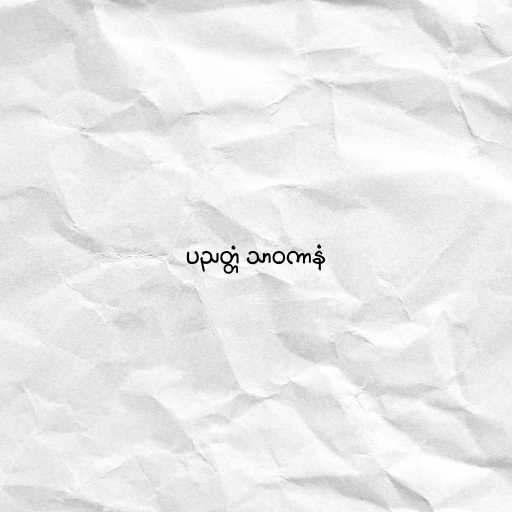
ပညတ္တံ သာဝကာနံ